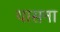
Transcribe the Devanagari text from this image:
यासना